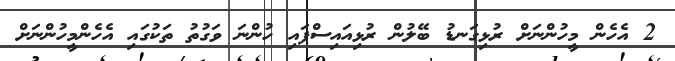
2 އެހެން މީހުންނަށް ރުޅިގަނޑު ބޭލުން ރުޅިއައިސްފައި ހުންނަ ވަގުތު ތަކުގައި އެހެންމީހުންނަށް